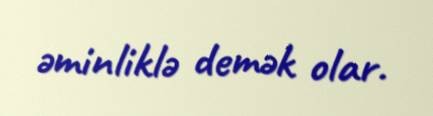
əminliklə demək olar.